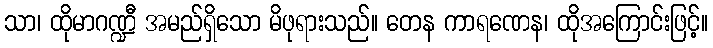
သာ၊ ထိုမာဂဏ္ဍီ အမည်ရှိသော မိဖုရားသည်။ တေန ကာရဏေန၊ ထိုအကြောင်းဖြင့်။